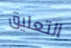
التعليق